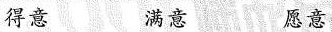
意 满意 愿意